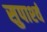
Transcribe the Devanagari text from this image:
सुपार्श्‍व